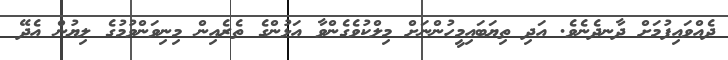
ދެއްވައިފުމަށް ދާނދެނެވެ. އަދި ތިޔަބައިމީހުންނަށް މިލްކުވެގެންވާ އަޅުންގެ ތެރެއިން މިނިވަންވުމުގެ ލިޔުން އެދޭ